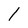
Character: 1